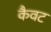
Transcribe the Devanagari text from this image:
कैवट